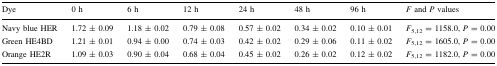
| Dye | 0 h | 6 h | 12 h | 24 h | 48 h | 96 h | F and P values |
 | --- | --- | --- | --- | --- | --- | --- | --- |
 | Navy blue HER | 1.72 ± 0.09 | 1.18 ± 0.02 | 0.79 ± 0.08 | 0.57 ± 0.02 | 0.34 ± 0.02 | 0.10 ± 0.01 | F5,12 = 1158.0, P = 0.00 |
 | Green HE4BD | 1.21 ± 0.01 | 0.94 ± 0.00 | 0.74 ± 0.03 | 0.42 ± 0.02 | 0.29 ± 0.06 | 0.11 ± 0.02 | F5,12 = 1605.0, P = 0.00 |
 | Orange HE2R | 1.09 ± 0.03 | 0.90 ± 0.04 | 0.68 ± 0.04 | 0.45 ± 0.02 | 0.26 ± 0.02 | 0.12 ± 0.02 | F5,12 = 1182.0, P = 0.00 |